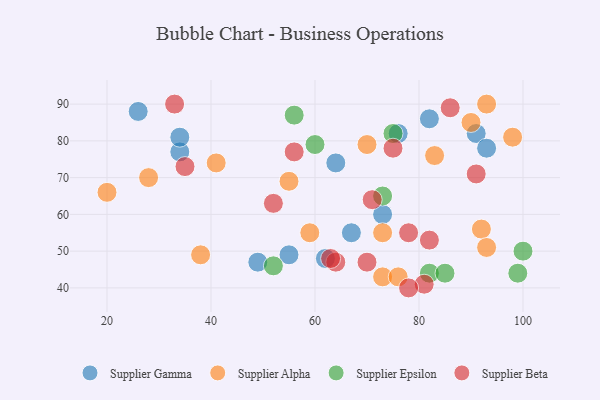
{"axis": {"x": "GDP", "y": "Life Expectancy"}, "legend": ["Supplier Alpha", "Supplier Beta", "Supplier Epsilon", "Supplier Gamma"], "data": [{"x": "82", "y": 86, "type": "Supplier Gamma"}, {"x": "76", "y": 82, "type": "Supplier Gamma"}, {"x": "55", "y": 49, "type": "Supplier Gamma"}, {"x": "67", "y": 55, "type": "Supplier Gamma"}, {"x": "62", "y": 48, "type": "Supplier Gamma"}, {"x": "73", "y": 60, "type": "Supplier Gamma"}, {"x": "34", "y": 77, "type": "Supplier Gamma"}, {"x": "64", "y": 74, "type": "Supplier Gamma"}, {"x": "91", "y": 82, "type": "Supplier Gamma"}, {"x": "26", "y": 88, "type": "Supplier Gamma"}, {"x": "34", "y": 81, "type": "Supplier Gamma"}, {"x": "49", "y": 47, "type": "Supplier Gamma"}, {"x": "93", "y": 78, "type": "Supplier Gamma"}, {"x": "73", "y": 43, "type": "Supplier Alpha"}, {"x": "90", "y": 85, "type": "Supplier Alpha"}, {"x": "98", "y": 81, "type": "Supplier Alpha"}, {"x": "76", "y": 43, "type": "Supplier Alpha"}, {"x": "41", "y": 74, "type": "Supplier Alpha"}, {"x": "38", "y": 49, "type": "Supplier Alpha"}, {"x": "93", "y": 90, "type": "Supplier Alpha"}, {"x": "92", "y": 56, "type": "Supplier Alpha"}, {"x": "59", "y": 55, "type": "Supplier Alpha"}, {"x": "83", "y": 76, "type": "Supplier Alpha"}, {"x": "70", "y": 79, "type": "Supplier Alpha"}, {"x": "55", "y": 69, "type": "Supplier Alpha"}, {"x": "28", "y": 70, "type": "Supplier Alpha"}, {"x": "20", "y": 66, "type": "Supplier Alpha"}, {"x": "93", "y": 51, "type": "Supplier Alpha"}, {"x": "73", "y": 55, "type": "Supplier Alpha"}, {"x": "73", "y": 65, "type": "Supplier Epsilon"}, {"x": "75", "y": 82, "type": "Supplier Epsilon"}, {"x": "56", "y": 87, "type": "Supplier Epsilon"}, {"x": "60", "y": 79, "type": "Supplier Epsilon"}, {"x": "100", "y": 50, "type": "Supplier Epsilon"}, {"x": "99", "y": 44, "type": "Supplier Epsilon"}, {"x": "82", "y": 44, "type": "Supplier Epsilon"}, {"x": "85", "y": 44, "type": "Supplier Epsilon"}, {"x": "52", "y": 46, "type": "Supplier Epsilon"}, {"x": "82", "y": 53, "type": "Supplier Beta"}, {"x": "35", "y": 73, "type": "Supplier Beta"}, {"x": "86", "y": 89, "type": "Supplier Beta"}, {"x": "33", "y": 90, "type": "Supplier Beta"}, {"x": "91", "y": 71, "type": "Supplier Beta"}, {"x": "56", "y": 77, "type": "Supplier Beta"}, {"x": "75", "y": 78, "type": "Supplier Beta"}, {"x": "71", "y": 64, "type": "Supplier Beta"}, {"x": "81", "y": 41, "type": "Supplier Beta"}, {"x": "70", "y": 47, "type": "Supplier Beta"}, {"x": "64", "y": 47, "type": "Supplier Beta"}, {"x": "78", "y": 55, "type": "Supplier Beta"}, {"x": "52", "y": 63, "type": "Supplier Beta"}, {"x": "78", "y": 40, "type": "Supplier Beta"}, {"x": "63", "y": 48, "type": "Supplier Beta"}]}